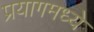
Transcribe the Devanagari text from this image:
प्रयागमध्ये